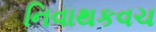
નિવાથકવચ